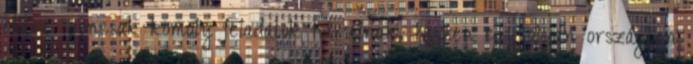
elitre igencsak komoly feladatok hárulnak, hiszen egy olyan országban